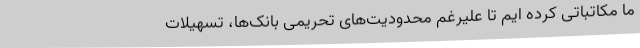
ما مکاتباتی کرده ایم تا علیرغم محدودیت‌های تحریمی بانک‌ها، تسهیلات